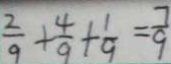
\frac { 2 } { 9 } + \frac { 4 } { 9 } + \frac { 1 } { 9 } = \frac { 7 } { 9 }